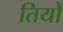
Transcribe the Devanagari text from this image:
तियों